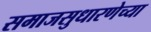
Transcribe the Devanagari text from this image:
समाजसुधारणेच्या